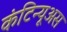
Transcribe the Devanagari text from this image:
कंटिन्यूअस